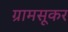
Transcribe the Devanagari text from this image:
ग्रामसूकर